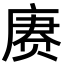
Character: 赓